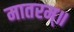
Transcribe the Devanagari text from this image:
मातरम्॥